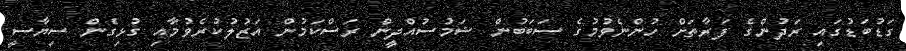
ގަޑުބަޑުގައި ރަދުންގެ ފަރާތަށް ހުންނެވުމުގެ ސަބަބުން ޝަމުސުއްދީން ރަސްކަމުން އަޒުލުކުރެވުމާއި ގުޅިގެން ސިޔާސީ